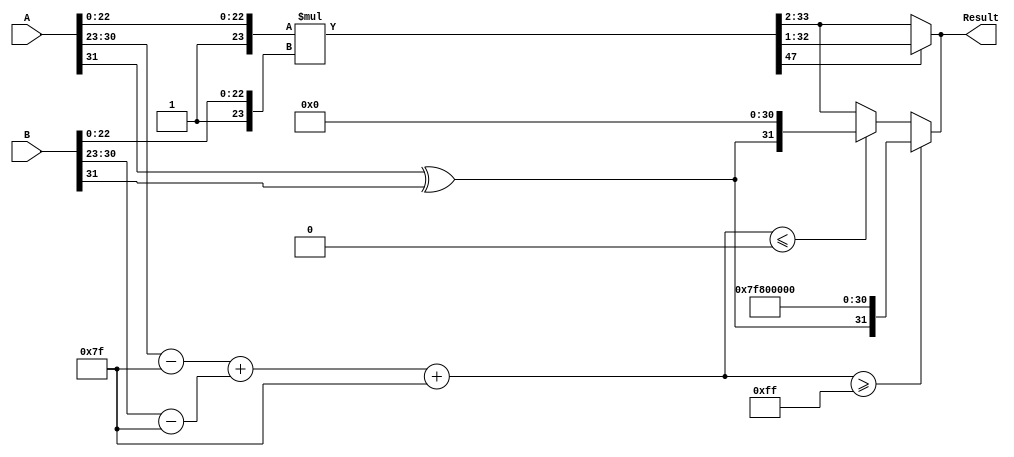
module floating_point_multiplier (
    input wire [31:0] A, // First floating-point number
    input wire [31:0] B, // Second floating-point number
    output reg [31:0] Result // Resulting floating-point number
);

    // Constants
    localparam BIAS = 8'd127;
    localparam MANTISSA_WIDTH = 23;
    localparam EXPONENT_WIDTH = 8;

    // Internal signals
    wire sign_A, sign_B;
    wire [EXPONENT_WIDTH-1:0] exponent_A, exponent_B;
    wire [MANTISSA_WIDTH-1:0] mantissa_A, mantissa_B;
    
    wire [MANTISSA_WIDTH+1:0] M_A, M_B; // Normalized mantissas with implicit leading 1
    wire [2*MANTISSA_WIDTH+2:0] M_result; // Resultant mantissa (2*width for overflow)
    reg [EXPONENT_WIDTH:0] exponent_result; // Result exponent (1 extra bit for overflow)
    reg sign_result;

    // Extract sign, exponent and mantissa
    assign sign_A = A[31];
    assign sign_B = B[31];
    assign exponent_A = A[30:23];
    assign exponent_B = B[30:23];
    assign mantissa_A = A[22:0];
    assign mantissa_B = B[22:0];

    // Normalize mantissas
    assign M_A = {1'b1, mantissa_A}; // 1.M_A
    assign M_B = {1'b1, mantissa_B}; // 1.M_B

    // Multiply significands
    assign M_result = M_A * M_B;

    // Calculate the sign of the result
    always @(*) begin
        sign_result = sign_A ^ sign_B;
    end

    // Calculate the exponent
    always @(*) begin
        exponent_result = (exponent_A - BIAS) + (exponent_B - BIAS) + BIAS;
    end

    // Normalize the result
    always @(*) begin
        if (M_result[2*MANTISSA_WIDTH+1]) begin
            // If the result is >= 2, shift right
            Result = {sign_result, exponent_result + 1'b1, M_result[2*MANTISSA_WIDTH:1]};
        end else begin
            // If the result is < 1, shift left
            Result = {sign_result, exponent_result - 1'b1, M_result[2*MANTISSA_WIDTH-1:2]};
        end
    end

    // Final output assembly
    always @(*) begin
        // Check for overflow and underflow
        if (exponent_result >= 8'd255) begin
            Result = {sign_result, 8'd255, 23'b0}; // Set to infinity
        end else if (exponent_result <= 8'd0) begin
            Result = {sign_result, 8'd0, 23'b0}; // Set to zero
        end else begin
            Result = {sign_result, exponent_result[EXPONENT_WIDTH-1:0], M_result[2*MANTISSA_WIDTH-1:2]};
        end
    end

endmodule